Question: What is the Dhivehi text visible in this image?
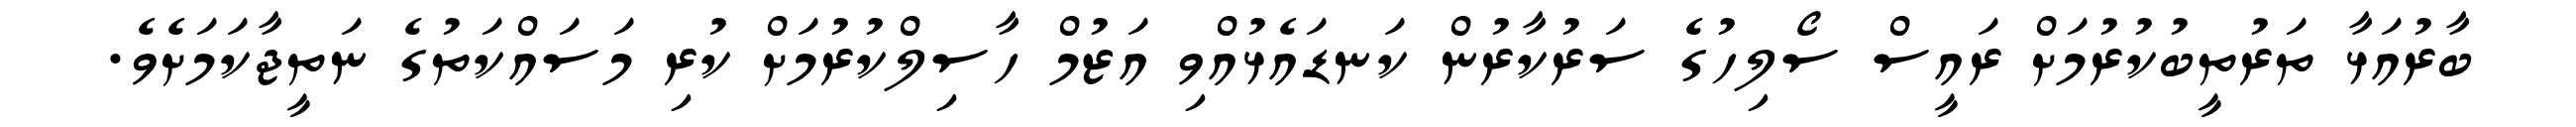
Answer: ބާރުއަޅާ ތަރުތީބުކުރުމަށް ރައީސް ސޯލިހުގެ ސަރުކާރުން ކަނޑައެޅުއްވި އަޒުމް ހާސިލްކުރުމަށް ކުރި މަސައްކަތުގެ ނަތީޖާކަމަށެވެ.